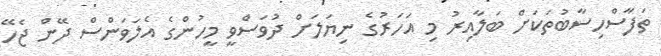
ތަފާސްހިސާބުތަކަށް ބަލާއިރު މި އަހަރުގެ ނިޔަލަށް ދުވަސްވީ މީހުންގެ އެލަވަންސް ދޭން ޖެހޭ